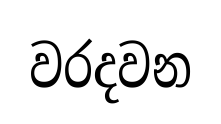
වරදවන